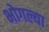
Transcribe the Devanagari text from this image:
भोगल्या